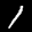
Label: 1